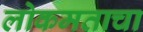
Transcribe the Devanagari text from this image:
लोकमताचा